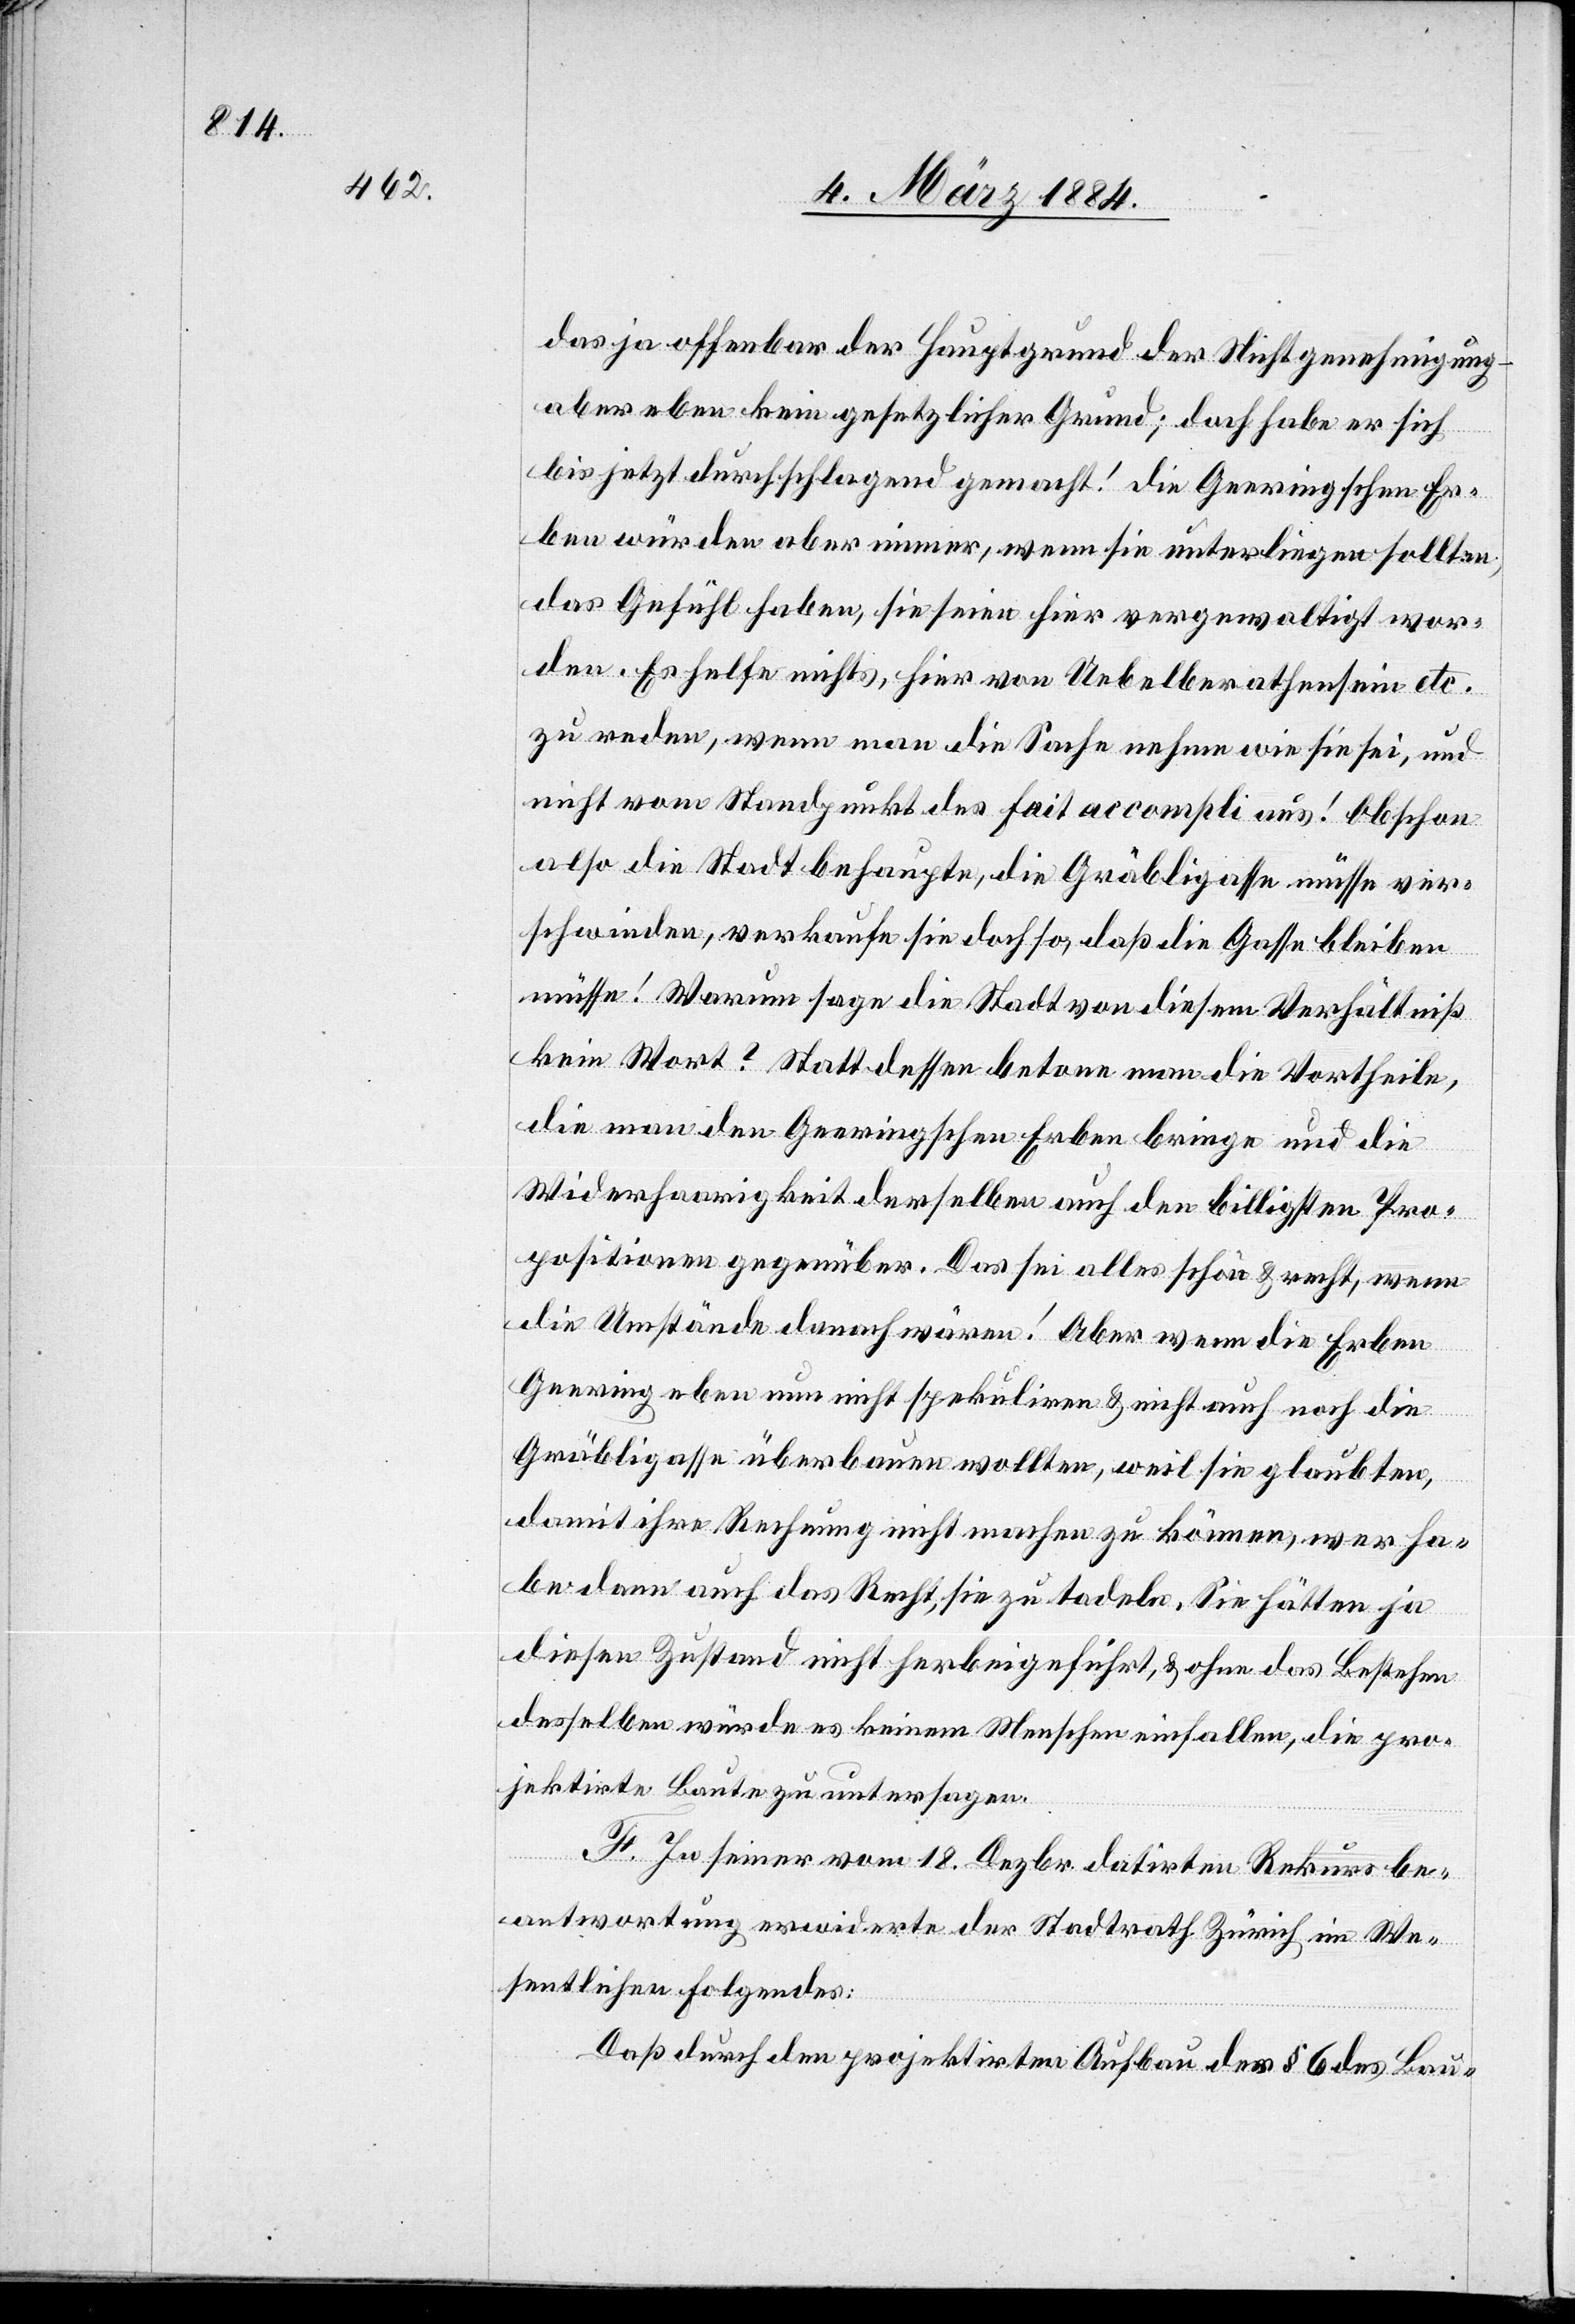
das ja offenbar der Hauptgrund der Nichtgenehmigung
aber eben kein gesetzlicher Grund; doch habe er sich
bis jetzt durchschlagend gemacht! Die Geeringschen Er¬
ben würden aber immer, wenn sie unterliegen sollten,
das Gefühl haben, sie seien hier vergewaltigt wor¬
den. Es helfe nichts, hier von Uebelberathensein etc.
zu reden, wenn man die Sache nehme wie sie sei, und
nicht vom Standpunkt des fait accompli aus! Obschon
also die Stadt behaupte, die Gräbligasse müsse ver¬
schwinden, verkaufte sie doch so, daß die Gasse bleiben
müsse! Warum sage die Stadt von diesem Verhältniß
kein Wort? Statt dessen betone man die Vortheile,
die man den Geeringschen Erben bringe und die
Widerhaarigkeit derselben auch den billigsten Pro¬
positionen gegenüber. Das sei alles schön & recht, wenn
die Umstände danach wären! Aber wenn die Erben
Geering eben nun nicht spekuliren & nicht auch noch die
Gräbligasse überbauen wollten, weil sie glaubten,
damit ihre Rechnung nicht machen zu können, wer ha¬
be dann auch das Recht, sie zu tadeln. Sie hätten ja
diesen Zustand nicht herbeigeführt, & ohne das Bestehen
desselben würde es keinem Menschen einfallen, die pro¬
jektirte Baute zu untersagen.
F. In seiner vom 18. Dezbr. datirten Rekursbe¬
antwortung erwiderte der Stadtrath Zürich im We¬
sentlichen Folgendes:
Daß durch den projektirten Aufbau der § 6 des Bau-